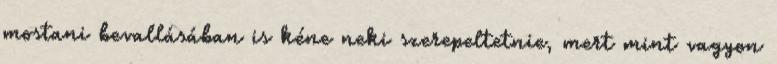
mostani bevallásában is kéne neki szerepeltetnie, mert mint vagyon